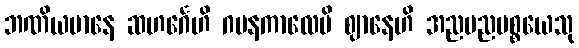
ဘဏိယမာနေ ဆဟင်္ဂေဟိ ဂမနကာလေပိ ဈာနေဟိ အညမညပစ္စယေသု